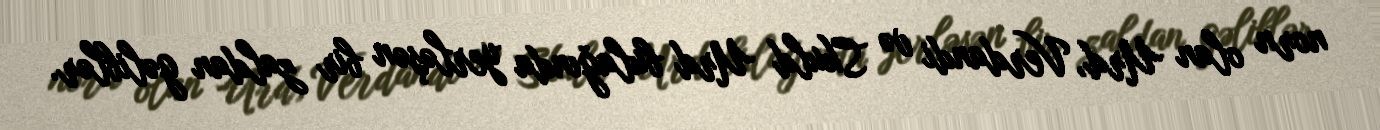
norn olan Urd, Verdandi və Skuld Urd bulağında yerləşən bir zaldan gəliblər.